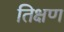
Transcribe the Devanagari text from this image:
तिक्षण